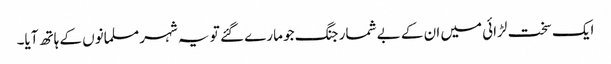
ایک سخت لڑائی میں ان کے بے شمار جنگ جو مارے گئے تو یہ شہر مسلمانوں کے ہاتھ آیا۔